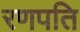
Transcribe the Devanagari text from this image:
रणपति